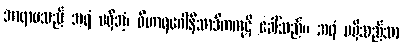
အာရာမသည် အရံ မရှိအံ့၊ ဝိဟာရဂေါနိသာဒိကကုဋိ ခေါ်သည်။ အရံ မရှိသည်သာ